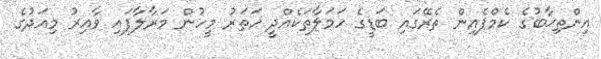
އިންތިޚާބުގެ ކެމްޕެއިން ތެރޭގައި ބަޑީގެ ހަމަލާތަކެއްދީ ހަތަރު މީހުން މަރާލާފައި ވާއިރު މިއަދުގެ